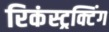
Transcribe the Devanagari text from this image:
रिकंस्ट्रक्टिंग